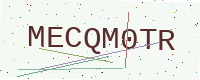
Text: MECQM0TR